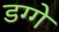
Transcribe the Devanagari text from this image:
डग्गे